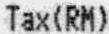
TAX(RM)